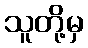
သူတို့မှ